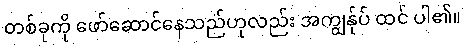
တစ်ခုကို ဖော်ဆောင်နေသည်ဟုလည်း အကျွန်ုပ် ထင် ပါ၏။